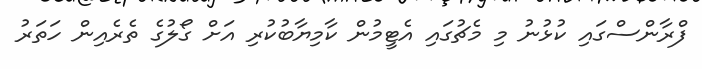
ފްރާންސްގައި ކުޅުނު މި މެޗުގައި އެޓީމުން ކާމިޔާބުކުރި އަށް ގޯލުގެ ތެރެއިން ހަތަރު